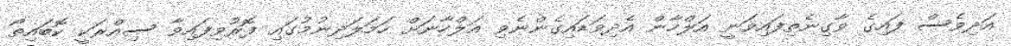
އަދިވެސް ފައިގެ ވާގިނެތިފައިވަނީ އަލްހާން އެދިވަޑައިގެންނެވި އަލްހާނަށް ހަމަލަދިނުމުގައި ފޮރުވިފައިވާ ސިއްރަކީ ކޮބައިތޯ